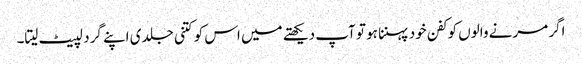
اگر مرنے والوں کو کفن خود پہننا ہو تو آپ دیکھتے میں اس کو کتنی جلدی اپنے گرد لپیٹ لیتا۔